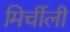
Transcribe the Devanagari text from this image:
मिर्चीली